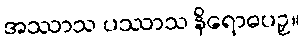
အဿာသ ပဿာသ နိရောဓပဉှ။